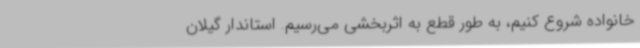
خانواده شروع کنیم، به طور قطع به اثربخشی می‌رسیم. استاندار گیلان